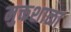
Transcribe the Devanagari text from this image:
मुक्तशाळा